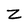
Character: Z